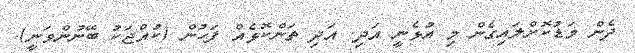
ދެން މަޑުކޮށްލައިގެން މި އުޅެނީ އަދި. އަދި ތަންކޮޅެއް ފަހުން (ކުއްޖަކު ބޭނުންވަނީ).